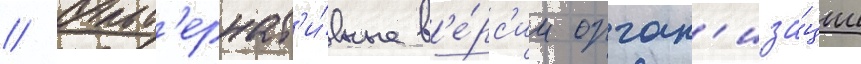
// Альт'ернат'и́вные в'е́рс'ии орган'иза́ции